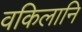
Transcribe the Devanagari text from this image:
वकिलानि